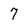
Character: 7